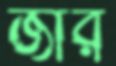
জার